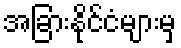
အခြားနိုင်ငံများမှ